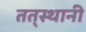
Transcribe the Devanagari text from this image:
तत्‌स्थानी